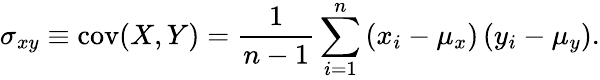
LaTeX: \sigma_{xy}\equiv\operatorname{cov}(X,Y)=\frac{1}{n-1}\sum_{i=1}^{n}\left(x_{i}-\mu_{x}\right)\left(y_{i}-\mu_{y}\right).